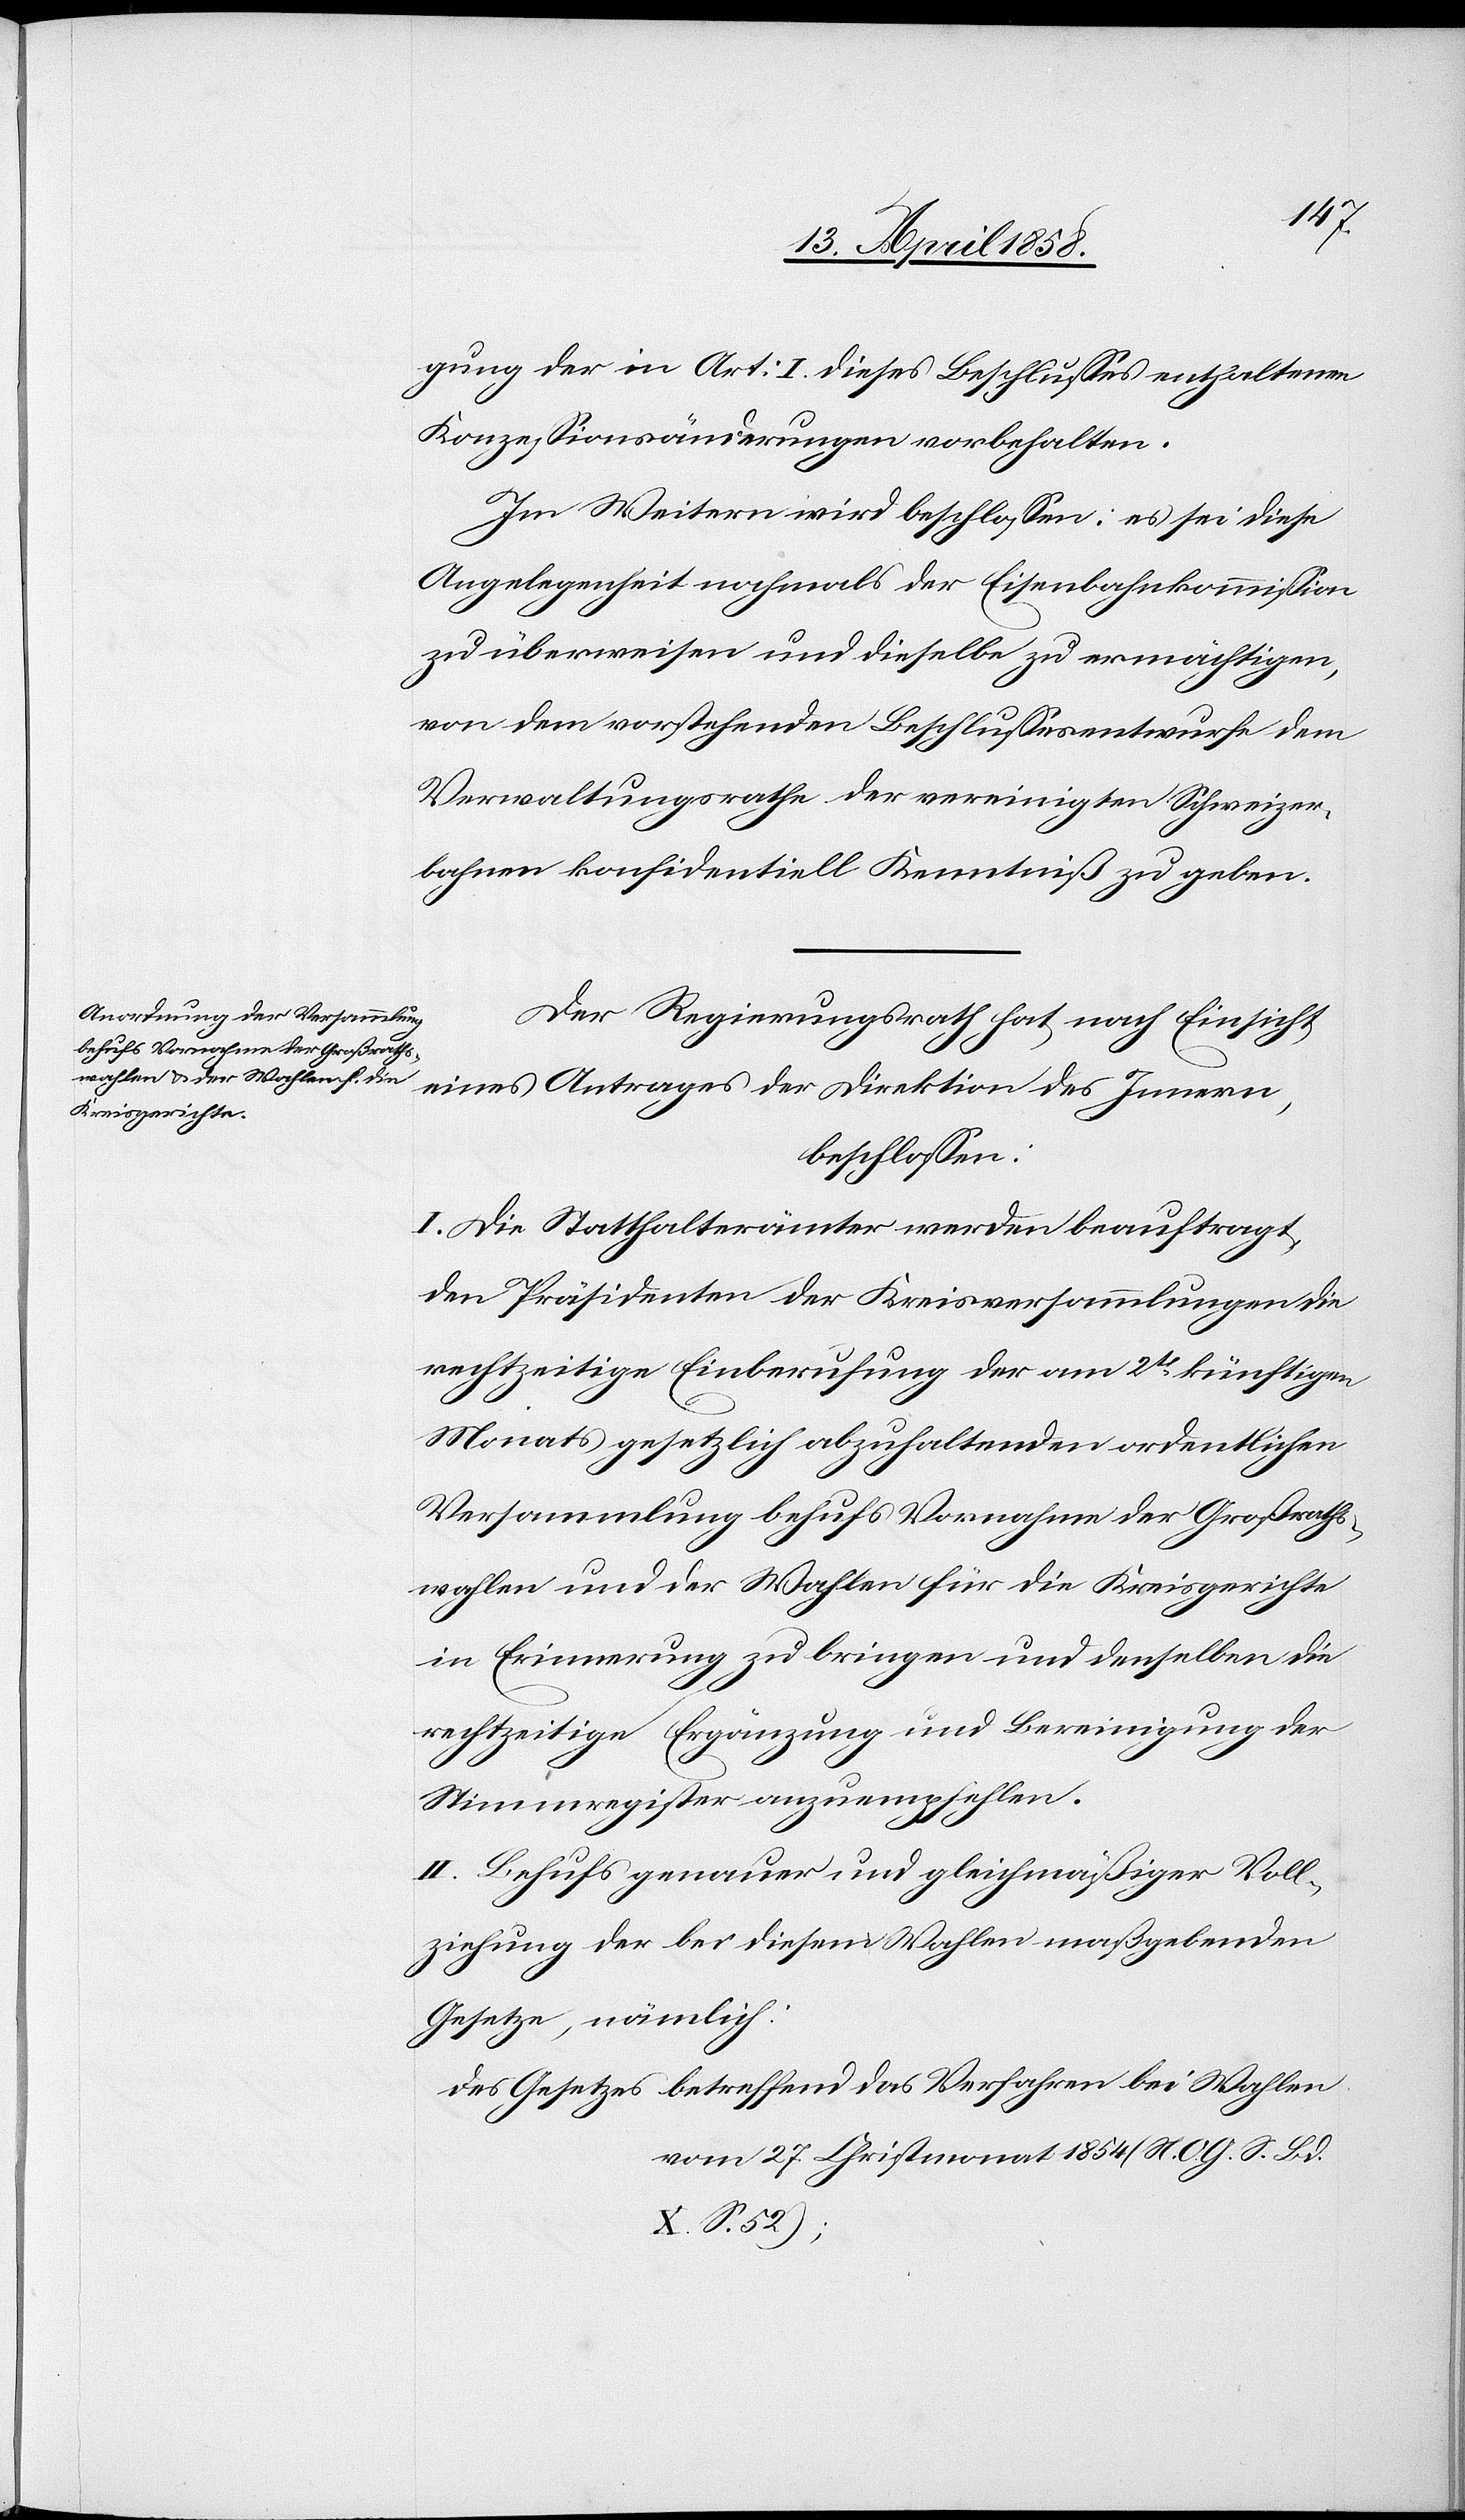
gung der in Art. I dieses Beschlusses enthaltenen
Konzessionsänderungen vorbehalten.
Im Weitern wird beschlossen: es sei diese
Angelegenheit nochmals der Eisenbahnkommission
zu überweisen und dieselbe zu ermächtigen,
von dem vorstehenden Beschlussesentwurfe dem
Verwaltungsrathe der vereinigten Schweizer¬
bahnen konfidentiell Kenntniß zu geben.
Der Regierungsrath hat nach Einsicht
eines Antrages der Direktion des Innern,
beschlossen:
I. Die Statthalterämter werden beauftragt,
den Präsidenten der Kreisversammlungen die
rechtzeitige Einberufung der am 2t[en] künftigen
Monats gesetzlich abzuhaltenden ordentlichen
Versammlung behufs Vornahme der Großrahts¬
wahlen und der Wahlen für die Kreisgerichte
in Erinnerung zu bringen und denselben die
rechtzeitige Ergänzung und Bereinigung der
Stimmregister anzuempfehlen.
II. Behufs genauer und gleichmäßiger Voll¬
ziehung der bei diesen Wahlen maßgebenden
Gesetze, nämlich:
Des Gesetzes betreffend das Verfahren bei Wahlen
vom 27. Christmonat 1854 (N. O. G. S. Bd.
S. 52);